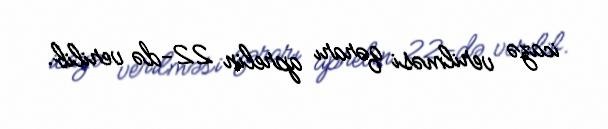
icazə verilməsi qərarı aprelin 22-də verilib.